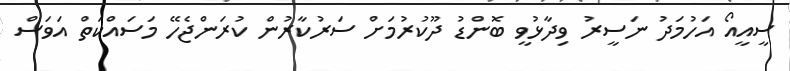
ސީއީއޯ އަހުމަދު ނަސީރު ވިދާޅުވީ ބޮންޑު ދޫކުރުމަށް ސަރުކާރުން ކުރަންޖެހޭ މަސައްކަތް އަވަސް